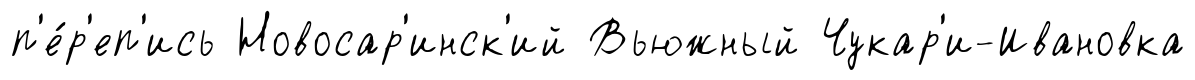
п'е́р'еп'ись Новосар'инск'ий Вьюжный Чукар'и-Ивановка